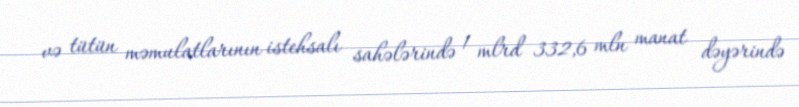
və tütün məmulatlarının istehsalı sahələrində 1 mlrd 332,6 mln manat dəyərində